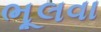
ભૂલવા